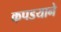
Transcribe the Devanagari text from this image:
कपडयाने